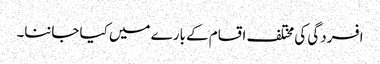
افسردگی کی مختلف اقسام کے بارے میں کیا جاننا۔